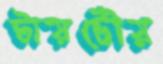
টায়টৌয়